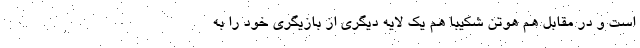
است و در مقابل هم هوتن شکیبا هم یک لایه دیگری از بازیگری خود را به